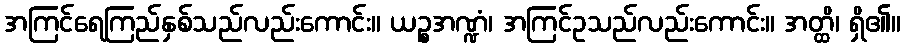
အကြင်ရေကြည်နှစ်သည်လည်းကောင်း။ ယဉ္စအဏ္ဍံ၊ အကြင်ဥသည်လည်းကောင်း။ အတ္ထိ၊ ရှိ၏။